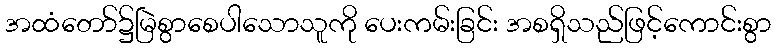
အထံတော်၌မြဲစွာစေပါသောသူကို ပေးကမ်းခြင်း အစရှိသည်ဖြင့်ကောင်းစွာ